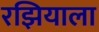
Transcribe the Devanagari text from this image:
रझियाला